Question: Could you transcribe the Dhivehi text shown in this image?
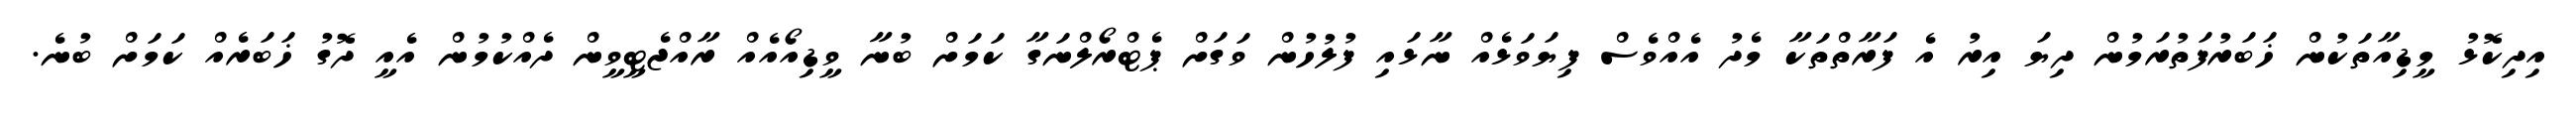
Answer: އިދިކޮޅު މީޑިއާތަކުން ޚަބަރުފަތުރަމުން ދިޔަ އިރު އެ ފަރާތްތަކާ މެދު އެއްވެސް ފިޔަވަޅެއް ނާޅައި ފުލުހުން ވަގަށް ޕެޓްރޯލްނަގާ ކަމަށް ބުނާ ވީޑިއޯއެއް ރާއްޖެޓީވީން ދެއްކުމުން އެއީ ދޮގު ޚަބަރެއް ކަމަށް ބުނެ.